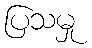
ပြသမှု